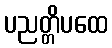
ပညတ္တိပထေ